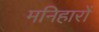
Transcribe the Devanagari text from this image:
मनिहारों